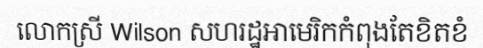
លោកស្រី Wilson សហរដ្ឋអាមេរិកកំពុងតែខិតខំ